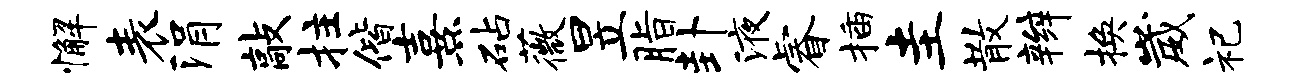
懈表涓敲拄偕熹砧薇昱脂卦液睿插圭散辫换崴祀